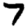
Digit: 7